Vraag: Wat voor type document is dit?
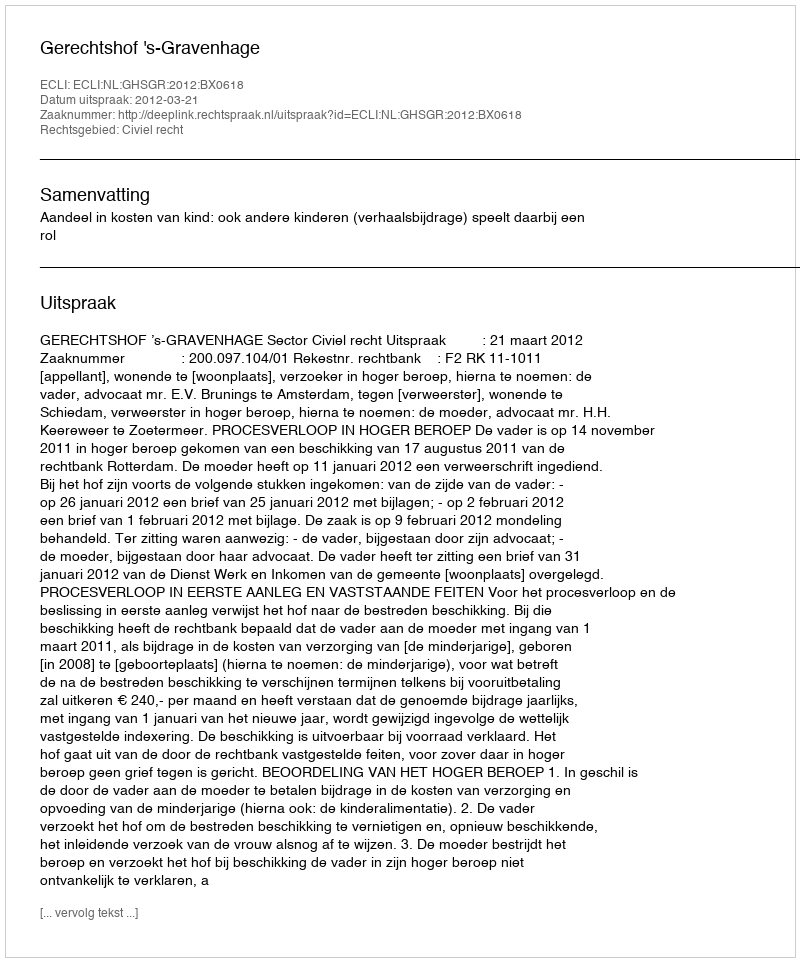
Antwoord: Uitspraak